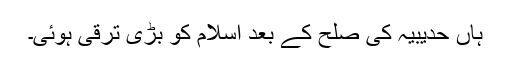
ہاں حدیبیہ کی صلح کے بعد اسلام کو بڑی ترقی ہوئی۔